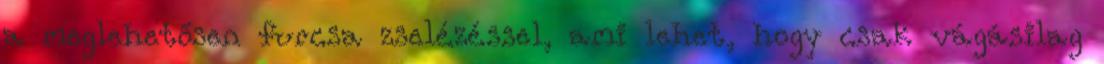
a meglehetősen furcsa zselézéssel, ami lehet, hogy csak vágásilag